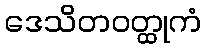
ဒေသိတဝတ္ထုကံ